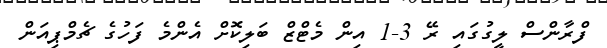
ފްރާންސް ލީގުގައި ރޭ 3-1 އިން މެޓްޒް ބަލިކޮށް އެންމެ ފަހުގެ ޗެމްޕިއަން